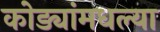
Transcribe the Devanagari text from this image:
कोड्यांमधल्या